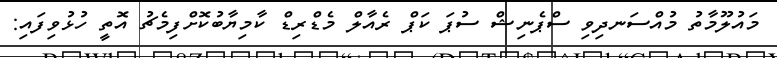
މައުލޫމާތު މުއްސަނދިވި ސްޕެނިޝް ސުޕަ ކަޕް ރެއާލް މެޑްރިޑް ކާމިޔާބުކޮށްފިމެޗު އޮތީ ހުޅުވިފައި: